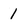
Character: I